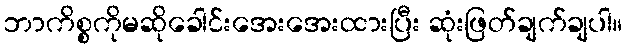
ဘာကိစ္စကိုမဆိုခေါင်းအေးအေးထားပြီး ဆုံးဖြတ်ချက်ချပါ။